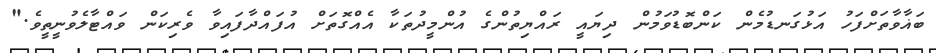
ބަޣާވާތަށްފަހު އަޅުގަނޑުމެން ކަންބޮޑުވަމުން ދިޔައީ ރައްޔިތުންގެ އުންމީދުތަކާ އެއްގޮތަށް އުފައްދާފައިވާ ވެރިކަން ވައްޓާލެވުނީތީވެ."